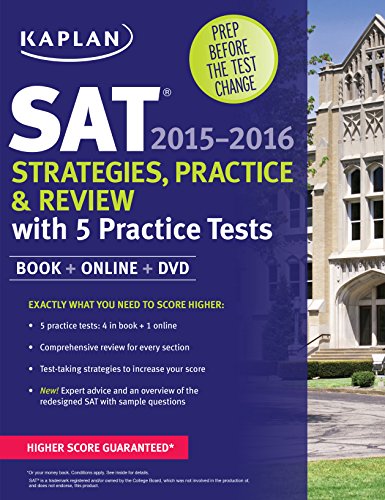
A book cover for Kaplan SAT Strategies, Practice, and Review 2015-2016 with 5 Practice Tests: Book + Online + DVD (Kaplan Test Prep); Kaplan; Test Preparation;